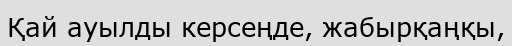
Қай ауылды керсеңде, жабырқаңқы,